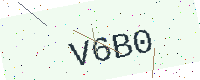
Text: V6B0